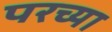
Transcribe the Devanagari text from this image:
परच्या